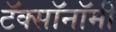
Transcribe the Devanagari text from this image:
टॅक्सॉनॉमी